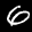
Label: 6